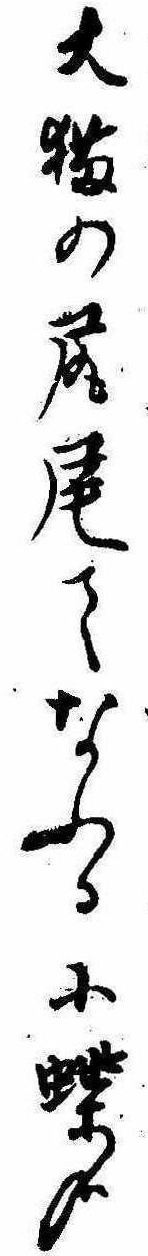
大猫の尻尾てなふる小蝶哉